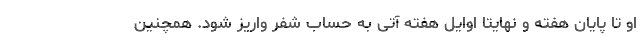
او تا پایان هفته و نهایتا اوایل هفته آتی به حساب شفر واریز شود. همچنین